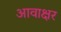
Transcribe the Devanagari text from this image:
आवाक्षर